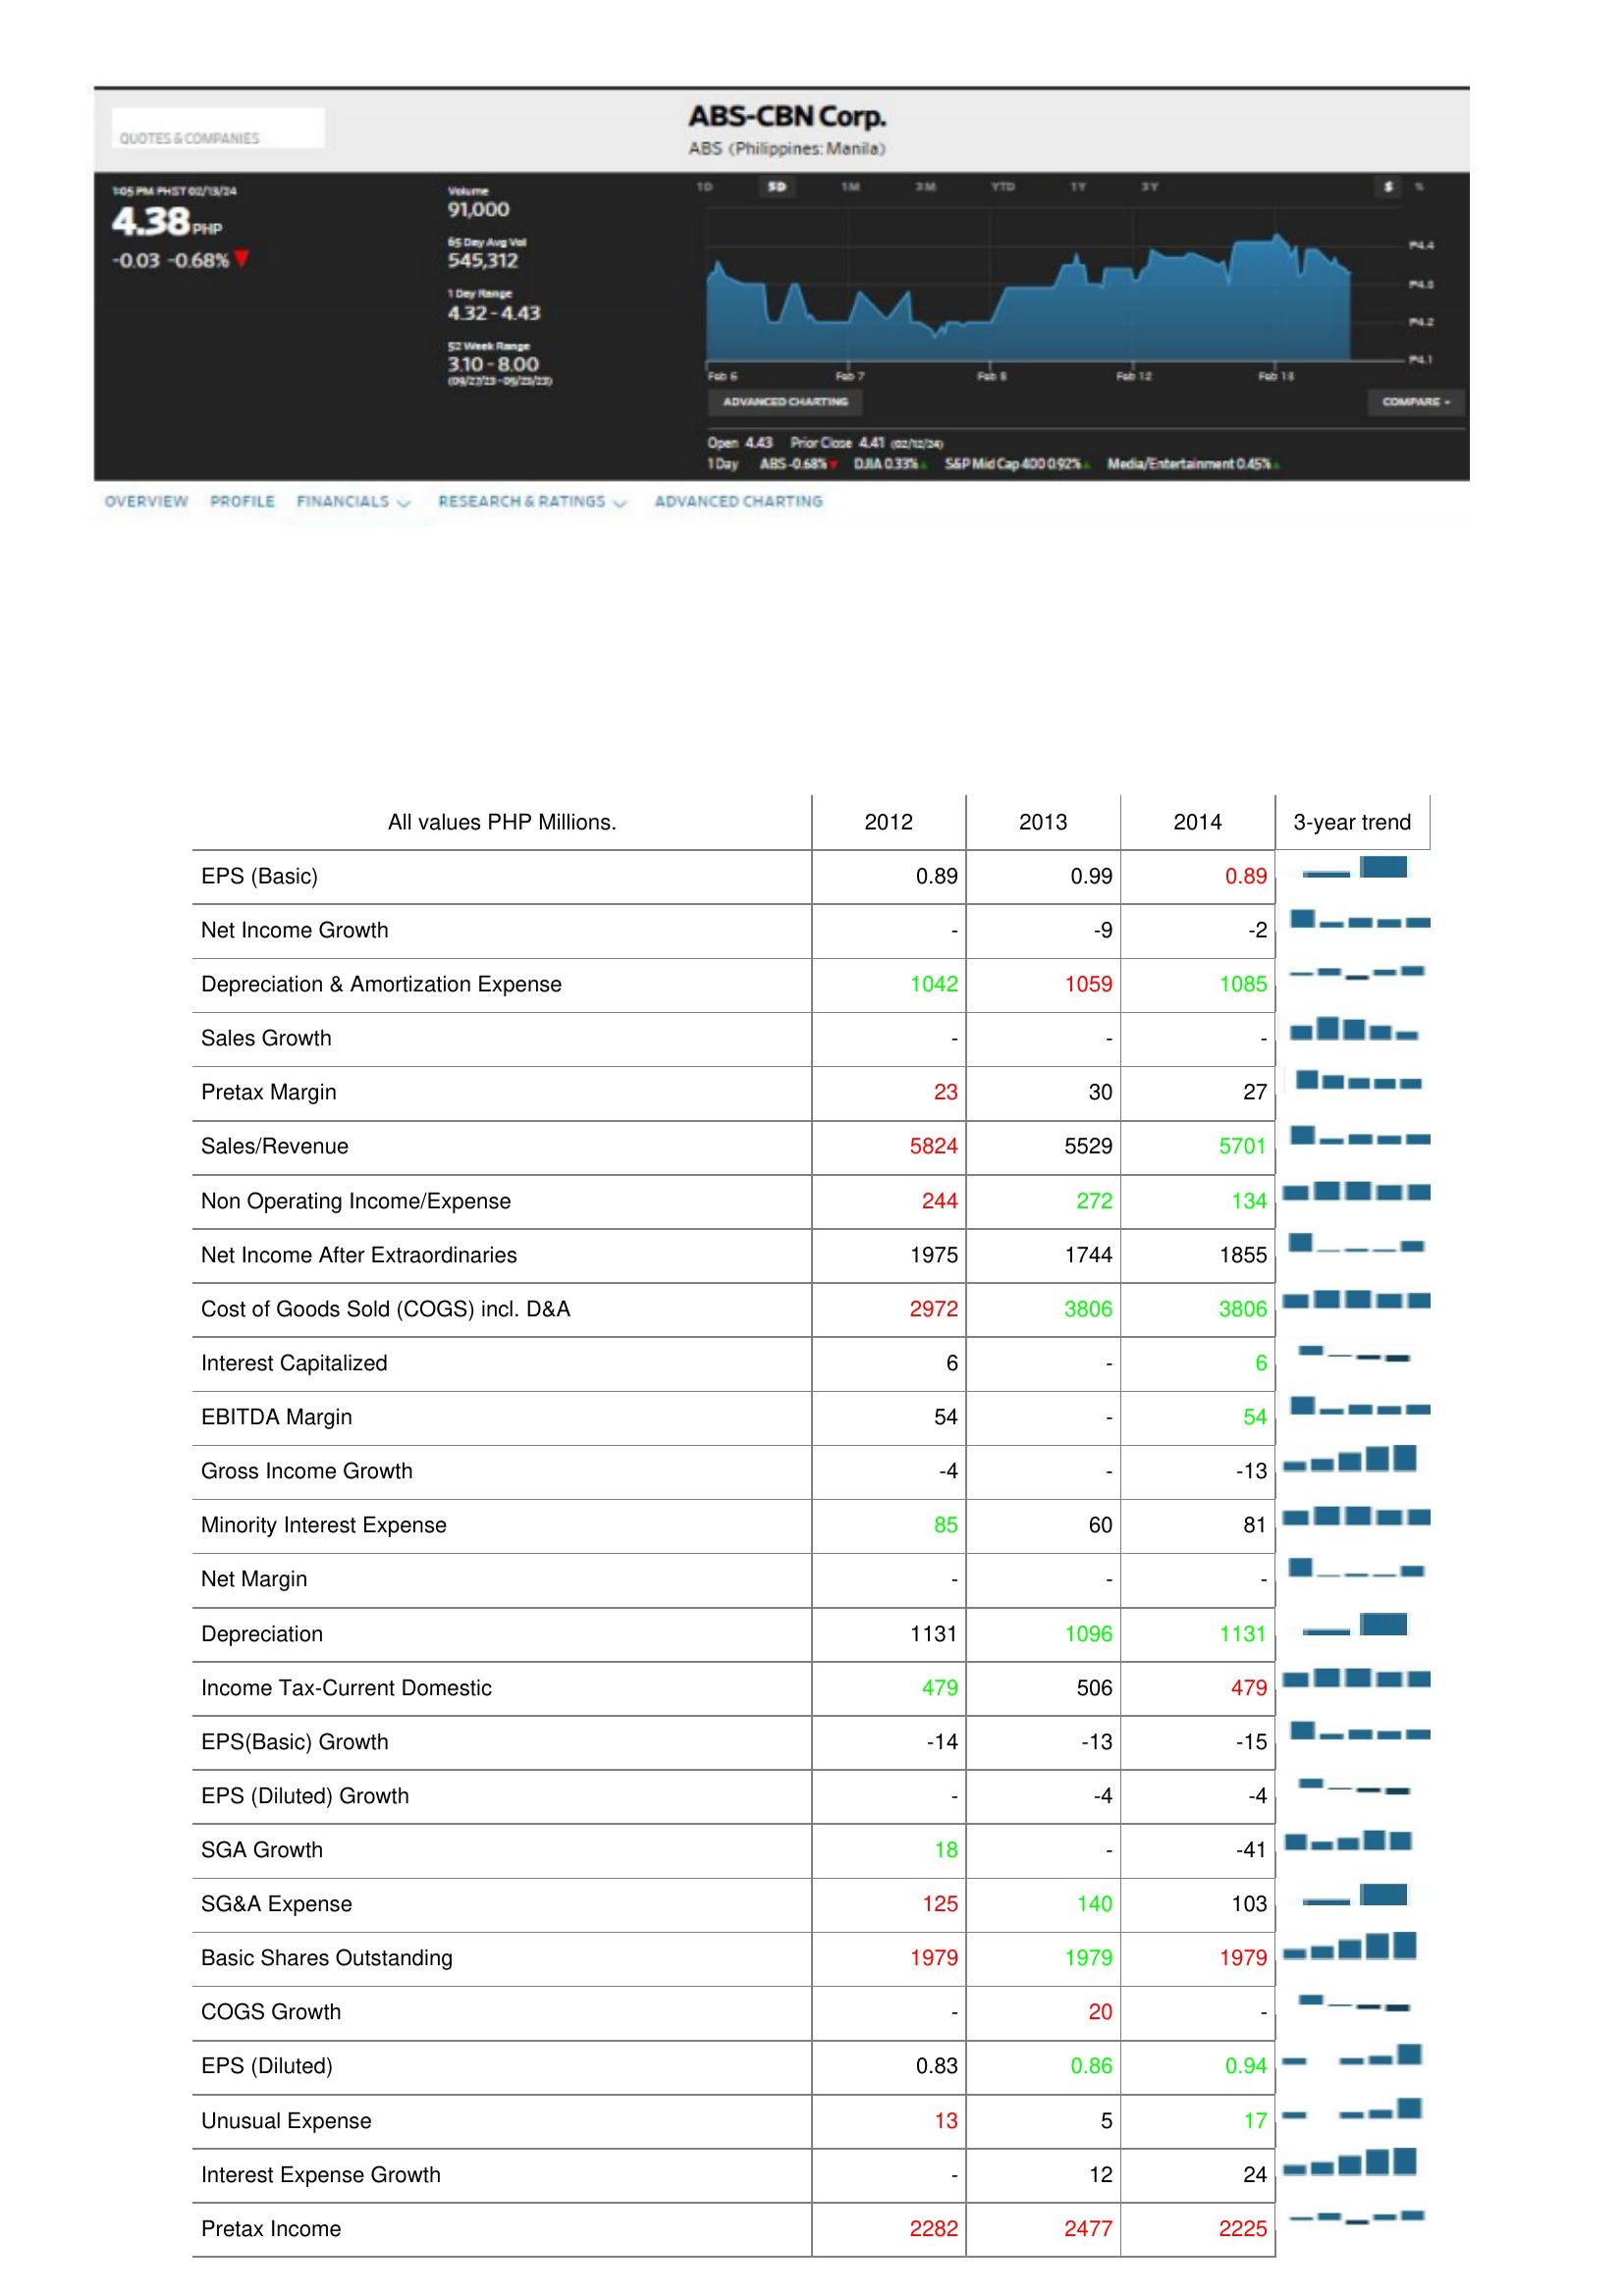
2012: : EPS (Basic): 0.89
Net Income Growth: -
Depreciation & Amortization Expense: 1042
Sales Growth: -
Pretax Margin: 23
Sales/Revenue: 5824
Non Operating Income/Expense: 244
Net Income After Extraordinaries: 1975
Cost of Goods Sold (COGS) incl. D&A: 2972
Interest Capitalized: 6
EBITDA Margin: 54
Gross Income Growth: -4
Minority Interest Expense: 85
Net Margin: -
Depreciation: 1131
Income Tax-Current Domestic: 479
EPS(Basic) Growth: -14
EPS (Diluted) Growth: -
SGA Growth: 18
SG&A Expense: 125
Basic Shares Outstanding: 1979
COGS Growth: -
EPS (Diluted): 0.83
Unusual Expense: 13
Interest Expense Growth: -
Pretax Income: 2282
2013: : EPS (Basic): 0.99
Net Income Growth: -9
Depreciation & Amortization Expense: 1059
Sales Growth: -
Pretax Margin: 30
Sales/Revenue: 5529
Non Operating Income/Expense: 272
Net Income After Extraordinaries: 1744
Cost of Goods Sold (COGS) incl. D&A: 3806
Interest Capitalized: -
EBITDA Margin: -
Gross Income Growth: -
Minority Interest Expense: 60
Net Margin: -
Depreciation: 1096
Income Tax-Current Domestic: 506
EPS(Basic) Growth: -13
EPS (Diluted) Growth: -4
SGA Growth: -
SG&A Expense: 140
Basic Shares Outstanding: 1979
COGS Growth: 20
EPS (Diluted): 0.86
Unusual Expense: 5
Interest Expense Growth: 12
Pretax Income: 2477
2014: : EPS (Basic): 0.89
Net Income Growth: -2
Depreciation & Amortization Expense: 1085
Sales Growth: -
Pretax Margin: 27
Sales/Revenue: 5701
Non Operating Income/Expense: 134
Net Income After Extraordinaries: 1855
Cost of Goods Sold (COGS) incl. D&A: 3806
Interest Capitalized: 6
EBITDA Margin: 54
Gross Income Growth: -13
Minority Interest Expense: 81
Net Margin: -
Depreciation: 1131
Income Tax-Current Domestic: 479
EPS(Basic) Growth: -15
EPS (Diluted) Growth: -4
SGA Growth: -41
SG&A Expense: 103
Basic Shares Outstanding: 1979
COGS Growth: -
EPS (Diluted): 0.94
Unusual Expense: 17
Interest Expense Growth: 24
Pretax Income: 2225